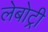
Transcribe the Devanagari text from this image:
लेबोट्री